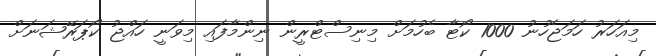
މިއަހަރު ހަމަޖެހުނު 1000 ކޯޓާ ބެހުމަށް މިނިސްޓްރީން ނިންމާފައި މިވަނީ ހައްޖު ކޯޕަރޭޝަނަށް